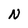
Character: N